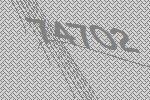
74702